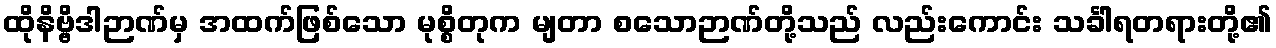
ထိုနိဗ္ဗိဒါဉာဏ်မှ အထက်ဖြစ်သော မုစ္စိတုက မျတာ စသောဉာဏ်တို့သည် လည်းကောင်း သင်္ခါရတရားတို့၏